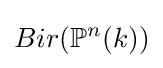
Bir(\mathbb {P} ^{n}(k))